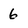
Character: 6